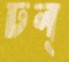
ঢল্‌